Leaving Certificate Examination, 1908
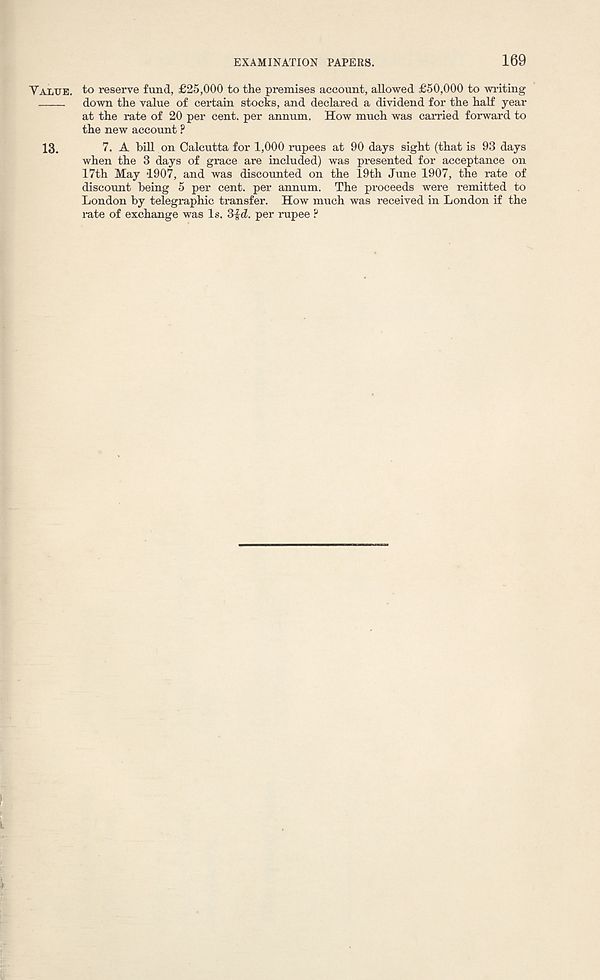
EXAMINATION PAPERS.
169
Yaltje. to reserve fund, £25,000 to the premises account, allowed £50,000 to writing
down the value of certain stocks, and declared a dividend for the half year
at the rate of 20 per cent, per annum. How much was carried forward to
the new account ?
13.
7. A bill on Calcutta for 1,000 rupees at 90 days sight (that is 93 days
when the 3 days of grace are included) was presented for acceptance on
17th May 1907, and was discounted on the 19th June 1907, the rate of
discount being 5 per cent, per annum. The proceeds were remitted to
London by telegraphic transfer. How much was received in London if the
rate of exchange was Is. 3-Jd. per rupee ?